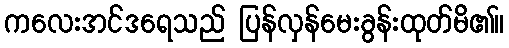
ကလေးအင်ဒရေသည် ပြန်လှန်မေးခွန်းထုတ်မိ၏။